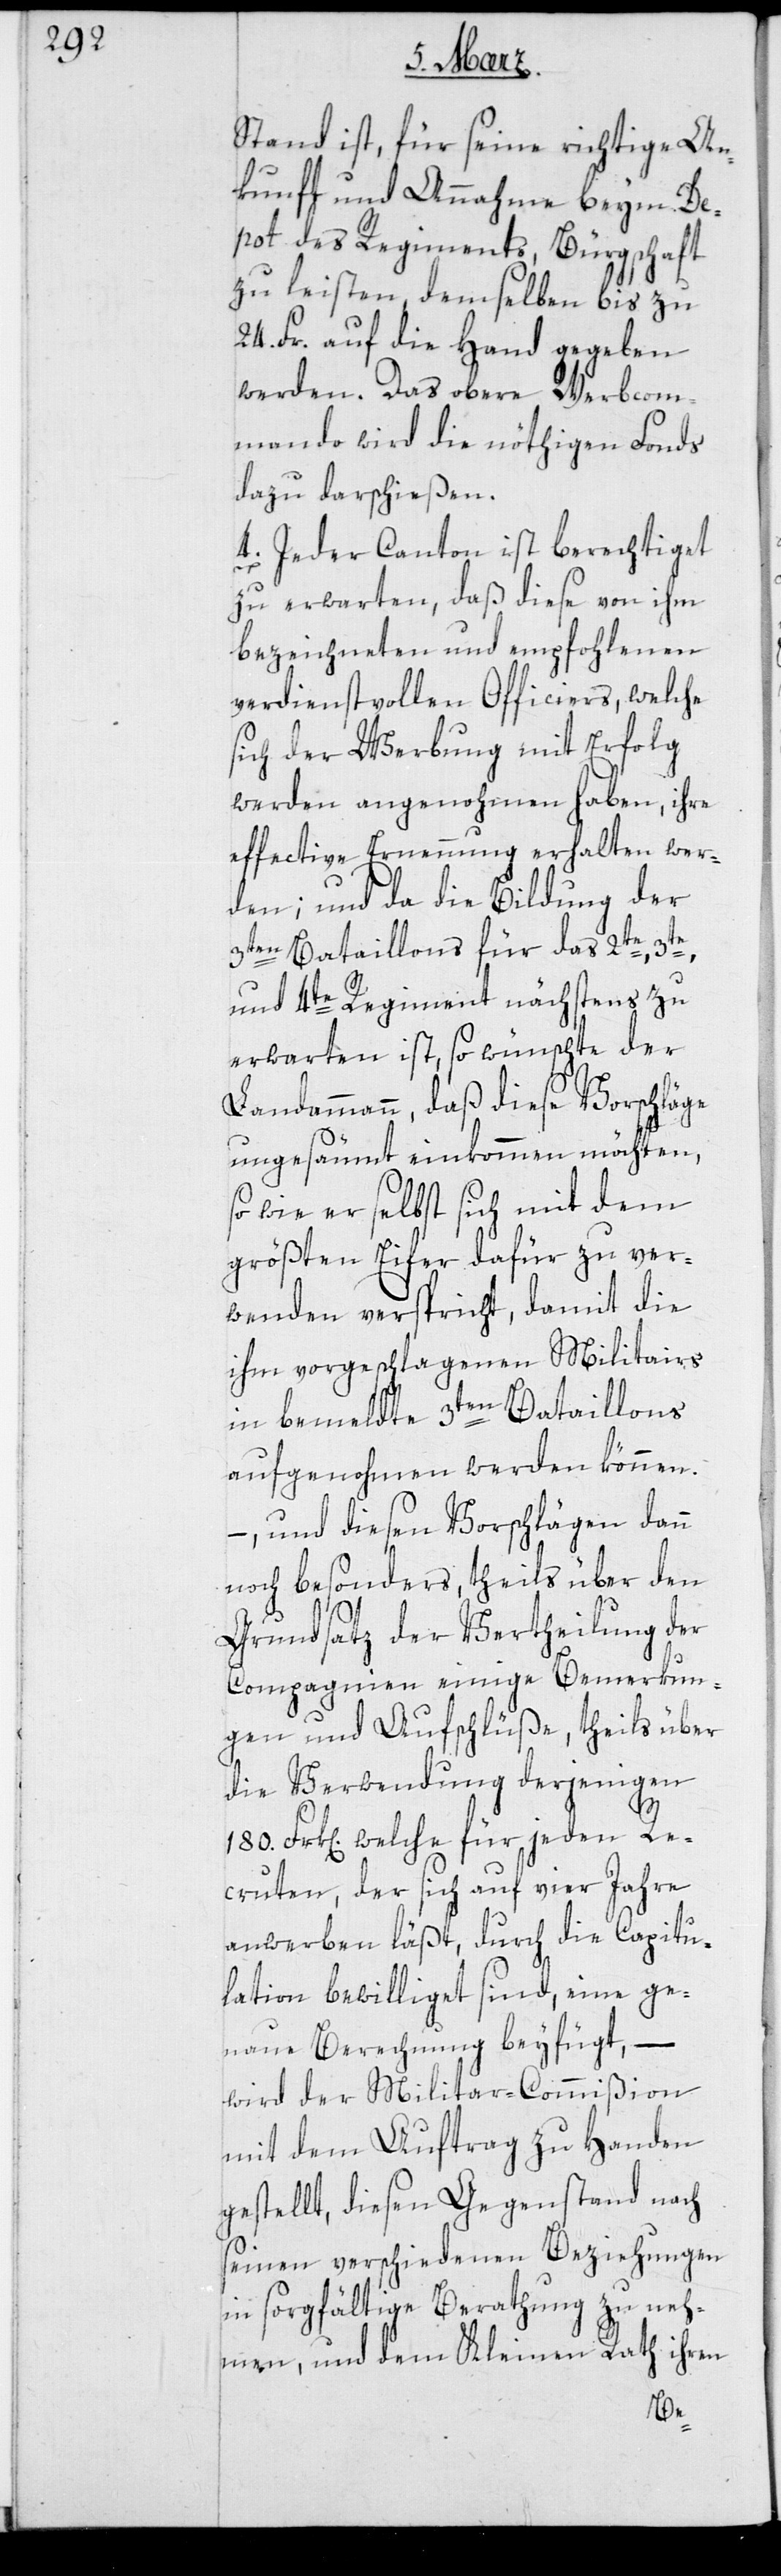
Stand ist, für seine richtige An¬
kunft und Annahme beym De¬
pot des Regiments, Bürgschaft
zu leisten, demselben bis zu
24. Fr. auf die Hand gegeben
werden. Das obere Werbcom¬
mando wird die nöthigen Fonds
dazu darschießen.
4. Jeder Canton ist berechtiget
zu erwarten, daß diese von ihm
bezeichneten und empfohlenen
verdienstvollen Officiers, welche
sich der Werbung mit Erfolg
werden angenohmen haben, ihre
effective Ernennung erhalten wer¬
den; und da die Bildung der
3ten Bataillons für das 2te, 3te
und 4te Regiment nächstens zu
erwarten ist, so wünschte der
Landammann, daß diese Vorschläge
ungesäumt einkommen möchten,
so wie er selbst sich mit dem
größten Eifer dafür zu ver¬
wenden verspricht, damit die
ihm vorgeschlagenen Militairs
in bemeldte 3ten Bataillons
aufgenohmen werden können,
und diesen Vorschlägen dann
noch besonders, theils über den
Grundsatz der Vertheilung der
Compagnien einige Bemerkun¬
gen und Aufschlüße, theils über
die Verwendung derjenigen
180. Frk[en]. welche für jeden Re¬
cruten, der sich auf vier Jahre
anwerben läßt, durch die Capitu¬
lation bewilliget sind, eine ge¬
naue Berechnung beyfügt, –
wird der Militar-Commißion
mit dem Auftrag zu Handen
gestellt, diesen Gegenstand nach
seinen verschiedenen Beziehungen
in sorgfältige Berathung zu neh¬
men, und dem Kleinen Rath ihren